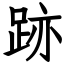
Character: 跡